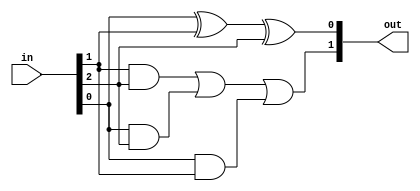
`timescale 1ns / 1ps
//////////////////////////////////////////////////////////////////////////////////
// Company: 
// Engineer: 
// 
// Design Name: 
// Module Name: Lab6Exp1
// Project Name: 
// Target Devices: 
// Tool Versions: 
// Description: 
// 
// Dependencies: 
// 
// Revision:
// Revision 0.01 - File Created
// Additional Comments:
// 
//////////////////////////////////////////////////////////////////////////////////


module fulladder(input[2:0] in, output[1:0] out);

assign out[0] = in[0]^in[1]^in[2];
assign out[1] = in[1]&in[2] || in[0]&in[2] || in[0]&in[1];

endmodule